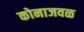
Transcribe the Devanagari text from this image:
कोनाजवळ